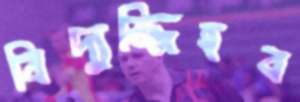
বিদ্যুজ্জিহব